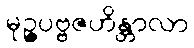
မုဉ္ဇပဗ္ဗဇဟိန္တာလာ